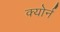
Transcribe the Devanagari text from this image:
क्योर्न